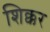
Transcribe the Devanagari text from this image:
शिक्कर